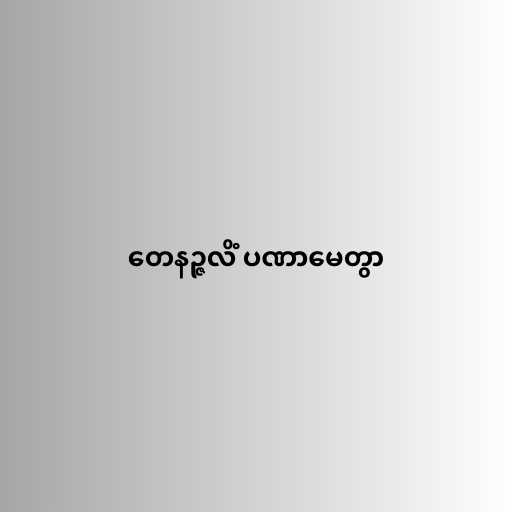
တေနဉ္ဇလိံ ပဏာမေတွာ